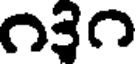
౧౩౧